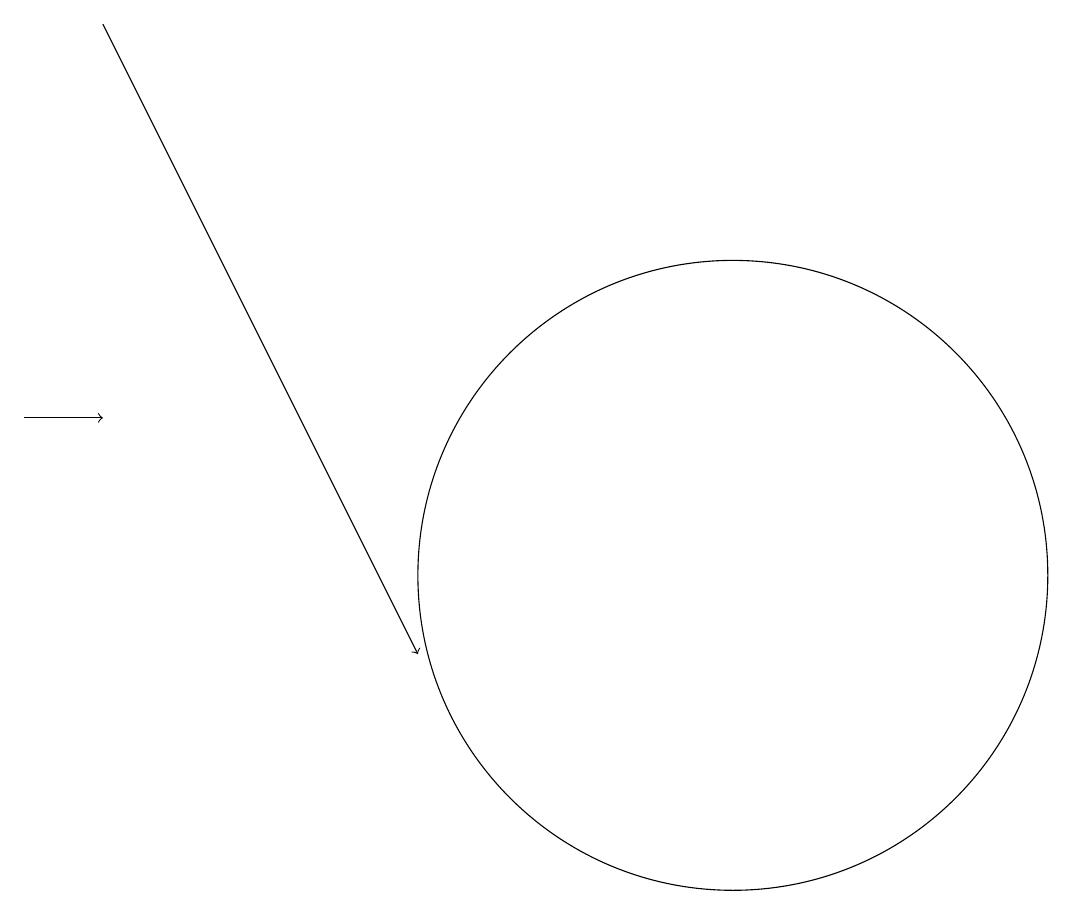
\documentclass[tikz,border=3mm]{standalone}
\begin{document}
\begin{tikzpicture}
\draw[->] (3,13) -- (4,13);
\draw[->] (4,18) -- (8,10);
\draw (12,11) circle (4);
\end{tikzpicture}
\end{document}